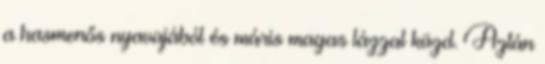
a hasmenős nyavajából és máris magas lázzal küzd. Aztán